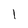
Character: l